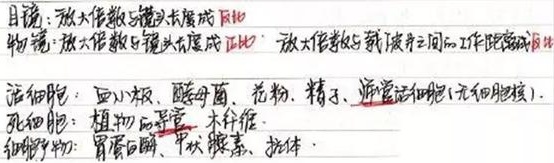
目镜：放大倍数与镜头长度成反比。物镜：放大倍数与镜头长度成正比 ，放大倍数与载玻片之间的工作距离成反比。

活细胞：血小板、酵母菌、花粉、精子、筛管活细胞(无细胞核) 。死细胞：植物的导管、木纤维 。细胞产物：胃蛋白酶、甲状腺素、抗体 。